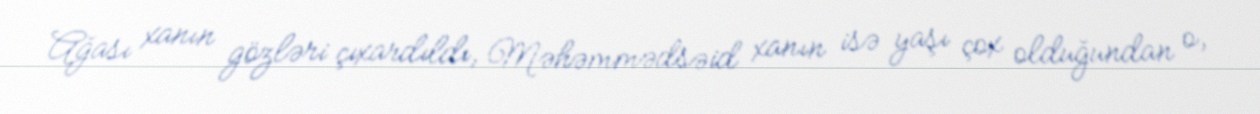
Ağası xanın gözləri çıxardıldı, Məhəmmədsəid xanın isə yaşı çox olduğundan o,